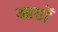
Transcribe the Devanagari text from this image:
आठोँ